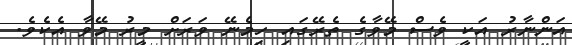
އަންނާރު އަކީ ވެސް މޭވާގެ ތެރޭގައި ހިމެނޭ ވަރަށް މީރު މޭވާ އެކެވެ.